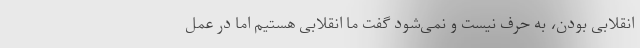
انقلابی بودن، به حرف نیست و نمی‌شود گفت ما انقلابی هستیم اما در عمل